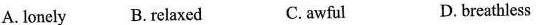
A. lonely B.relaxed C.awful D.breathless